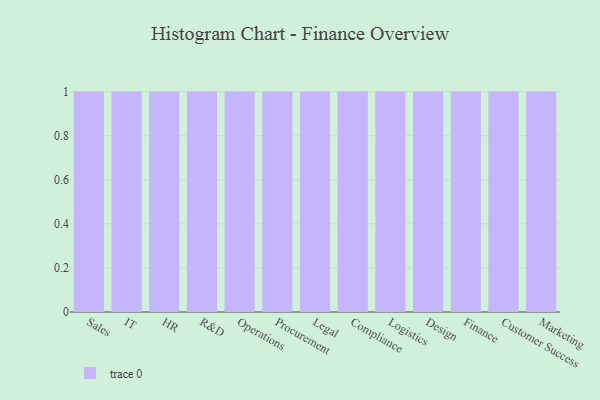
{"axis": {"x": "Department", "y": "Customer Acquisition Cost (USD)"}, "legend": [""], "data": [{"x": "Sales", "y": 18, "type": ""}, {"x": "IT", "y": 43, "type": ""}, {"x": "HR", "y": 15, "type": ""}, {"x": "R&D", "y": 18, "type": ""}, {"x": "Operations", "y": 11, "type": ""}, {"x": "Procurement", "y": 4, "type": ""}, {"x": "Legal", "y": 57, "type": ""}, {"x": "Compliance", "y": 86, "type": ""}, {"x": "Logistics", "y": 91, "type": ""}, {"x": "Design", "y": 59, "type": ""}, {"x": "Finance", "y": 89, "type": ""}, {"x": "Customer Success", "y": 56, "type": ""}, {"x": "Marketing", "y": 19, "type": ""}]}